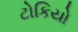
ટોકિયો